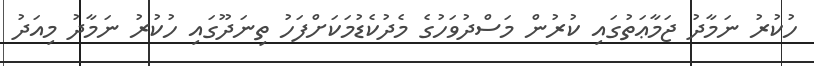
ހުކުރު ނަމާދު ޖަމާޢަތުގައި ކުރުން މަސްދުވަހުގެ މެދުކެޑުމަކަށްފަހު ތިނަދޫގައި ހުކުރު ނަމާދު މިއަދު